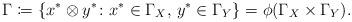
LaTeX: \begin{align*} \Gamma\coloneqq \{x^*\otimes y^*\colon x^*\in\Gamma_X,\, y^*\in \Gamma_Y\}=\phi(\Gamma_X\times\Gamma_Y). \end{align*}